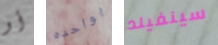
أو بواحده سينفيلد